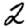
Digit: 2